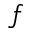
f